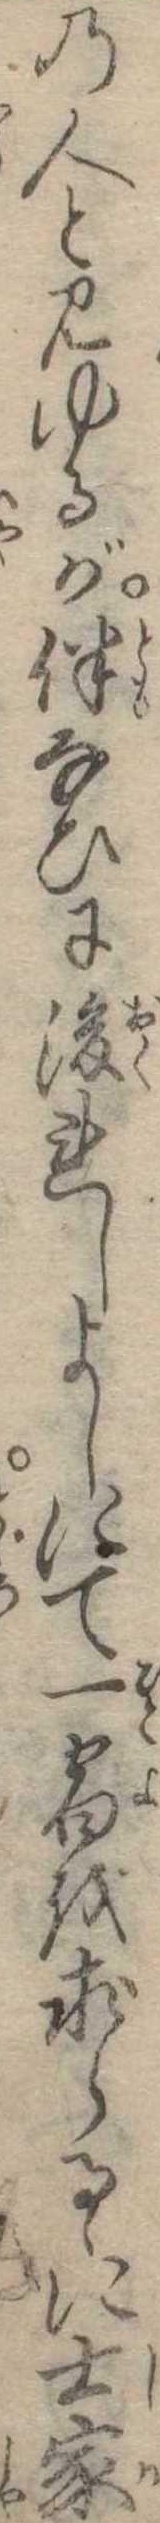
の人と見ゆるが伴なひに後れしよしにて一宿を求らるゝに士家